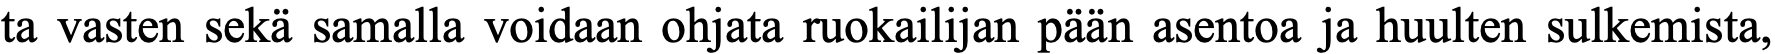
ta vasten sekä samalla voidaan ohjata ruokailijan pään asentoa ja huulten sulkemista,